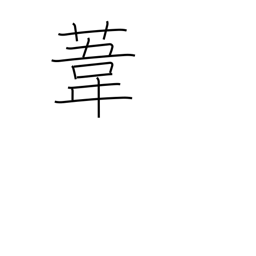
Meaning: reed